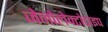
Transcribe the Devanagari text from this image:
जेनोलेक्टोटाइप